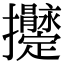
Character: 𢺫